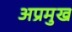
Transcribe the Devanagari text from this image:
अप्रमुख